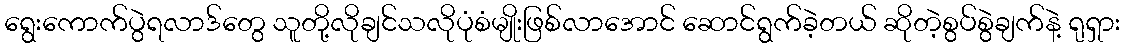
ရွေးကောက်ပွဲရလာဒ်တွေ သူတို့လိုချင်သလိုပုံစံမျိုးဖြစ်လာအောင် ဆောင်ရွက်ခဲ့တယ် ဆိုတဲ့စွပ်စွဲချက်နဲ့ ရုရှား